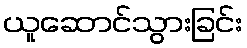
ယူဆောင်သွားခြင်း